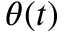
\theta ( t )